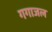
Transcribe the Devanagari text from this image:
गगाजल